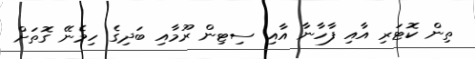
ތިން ކޮޓަރި އާއި ފާހާނާ އާއި ސިޓިން ރޫމާއި ބަދިގެ ހިމެނޭ ގޮތަށް